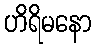
ဟိရိမနော